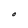
Character: O